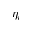
\eta _ { i }